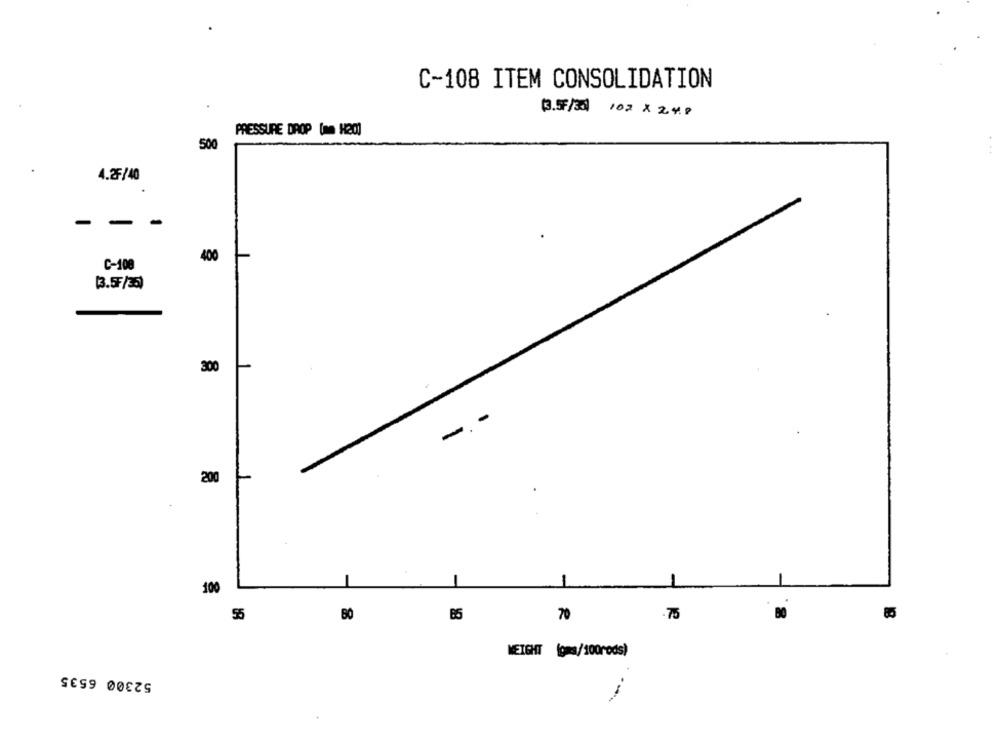
C-108 ITEM CONSOLIDATION
(3.57/33] 102 × 2418
PRESSURE DROP (mm H200
500
4.2F/40
400
C-108
[3.5F/35)
300
-
200
100
8
55
70
75
WEIGHT (gwa/100rods)
52300 6535